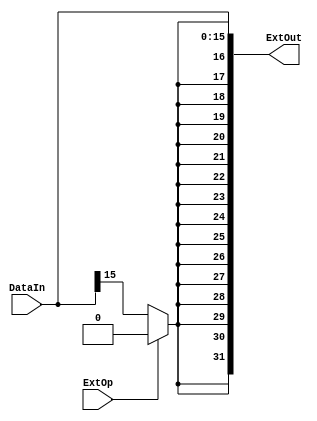

module Extender(ExtOut,DataIn,ExtOp);

	input [15:0] DataIn;
	input ExtOp;
	output reg[31:0] ExtOut;
	
	integer i;					//
	
	always@(DataIn or ExtOp)
	begin
		if(ExtOp == 1)
			begin
				for(i=0;i<32;i=i+1)
				begin
					if(i<16)
						ExtOut[i] = DataIn[i];
					else
						ExtOut[i] = 0;
				end	
			end
		else
			begin
				for(i=0;i<32;i=i+1)
				begin
					if(i<16)
						ExtOut[i] = DataIn[i];
					else
						ExtOut[i] = DataIn[15];
				end
			end
	end
endmodule